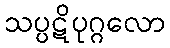
သပ္ပဋိပုဂ္ဂလော